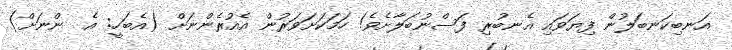
އަނބިކަނބަލުން ފިޔަވައި އެނބުރި ފަސްނުބަލާށެވެ! ހަމަކަށަވަރުން އެއުރެންނަށް (އެބަހީ: އެ  ންނަށް)